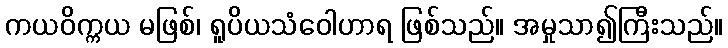
ကယဝိက္ကယ မဖြစ်၊ ရူပိယသံဝေါဟာရ ဖြစ်သည်။ အမှုသာ၍ကြီးသည်။